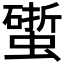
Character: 𧑧